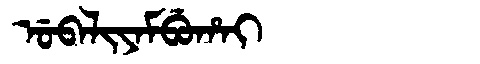
Manchu: ᡠᠪᠠᠯᡳᠶᠠᠮᠪᡠᡥᠠᡳ
Romanization: UBALIYAMBUHAI